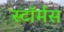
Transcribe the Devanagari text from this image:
स्टॉर्मस